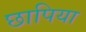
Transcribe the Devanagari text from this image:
छापिया